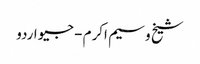
شیخ وسیم اکرم - جیو اردو